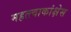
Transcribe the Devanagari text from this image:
महत्त्वाकांक्षेस